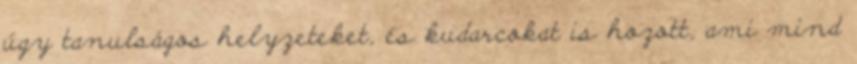
úgy tanulságos helyzeteket, és kudarcokat is hozott, ami mind